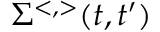
\Sigma ^ { < , > } ( t , t ^ { \prime } )